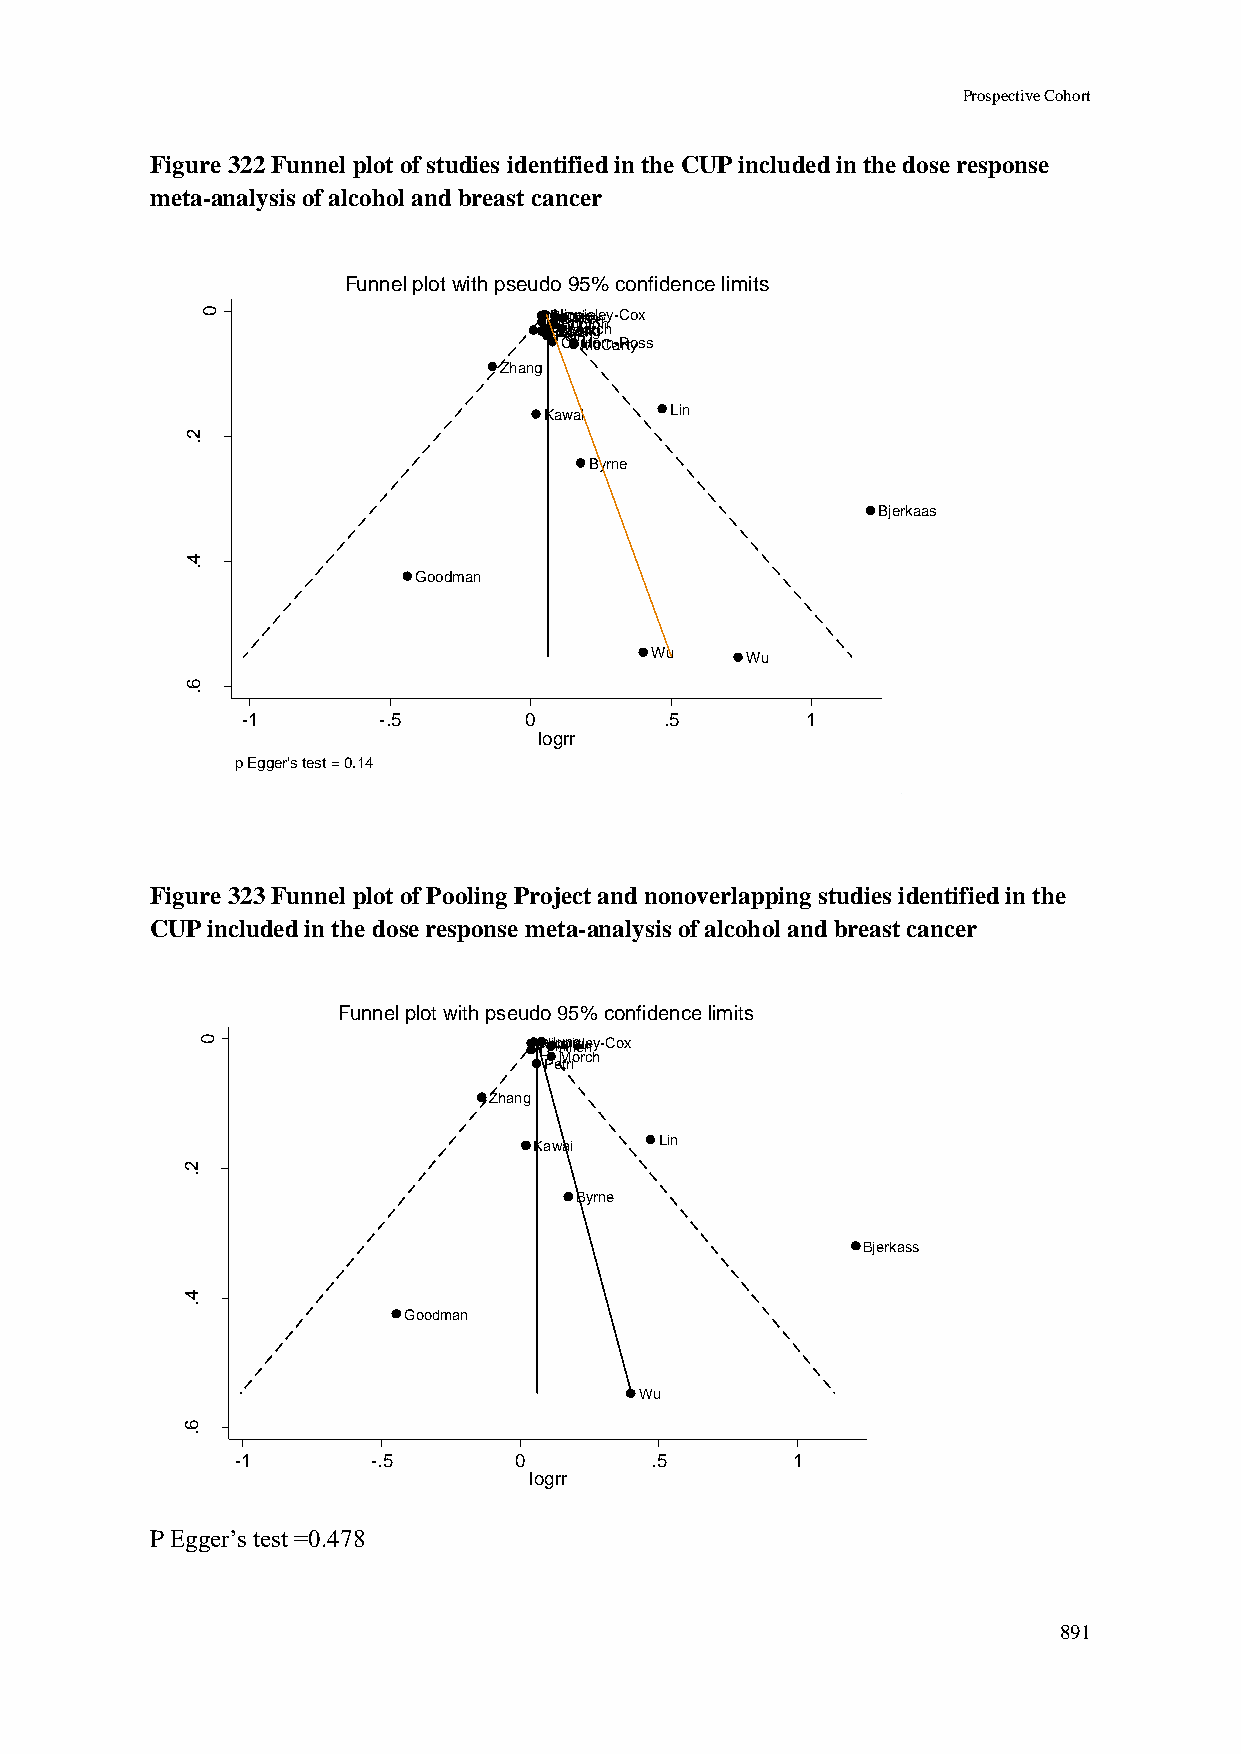
Prospective Cohort
 Figure 322 Funnel plot of studies identified in the CUP included in the dose response
 meta-analysis of alcohol and breast cancer
 Funnel plot with pseudo 95% confidence limits
 0                      BLR RaH PSZi so oBCi euhp sm hMAr tzh eap i arnl uie ø itnile nse ttkn rgouln cie nhy-Cox
 CouMHtoocrCna-Rrtyoss
 Zhang
 Kawai   Lin
 2
 .
 r rg                               Byrne
 o
 l
 fo
 .e
 Bjerkaas
 .s
 4
 .
 Goodman
 Wu    Wu
 6
 .
 -1       -.5       0        .5       1
 logrr
 p Egger's test = 0.14
 Figure 323 Funnel plot of Pooling Project and nonoverlapping studies identified in the
 CUP included in the dose response meta-analysis of alcohol and breast cancer
 Funnel plot with pseudo 95% confidence limits
 0                      LRH ioJipumApnliilegseulney-Cox
 Morch
 Petri
 Zhang
 Kawai    Lin
 2
 .
 rrg                               Byrne
 o
 l
 fo
 .e
 Bjerkass
 .s
 4
 .
 Goodman
 Wu
 6
 .
 -1       -.5      0        .5       1
 logrr
 P Egger’s test =0.478
 891